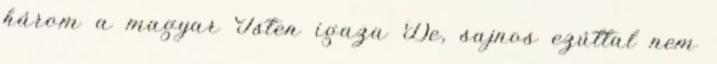
három a magyar Isten igaza De, sajnos ezúttal nem